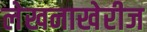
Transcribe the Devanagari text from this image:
लेखनाखेरीज